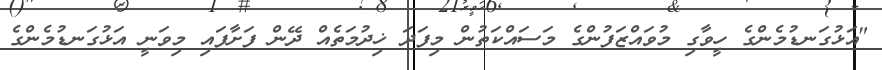
"އަޅުގަނޑުމެންގެ ހީވާގި މުވައްޒަފުންގެ މަސައްކަތުން މިފަދަ ޚިދުމަތެއް ދޭން ފަށާފައި މިވަނީ އަޅުގަނޑުމެންގެ